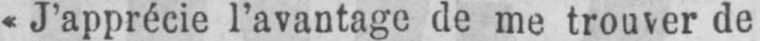
«J’apprécie l’avantage de me trouver de